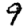
Digit: 9